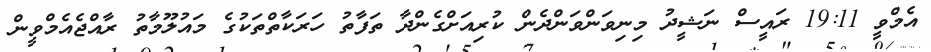
އެމްވީ 19:11 ރައީސް ނަޝީދު މިނިވަންވަންދެން ކުރިއަށްގެންދާ ތަފާތު ހަރަކާތްތަކުގެ މައުލޫމާތު ރާއްޖެއެމްވީން